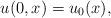
LaTeX: \begin{align*}u(0,x)=u_{0}(x),\end{align*}